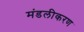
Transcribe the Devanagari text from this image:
मंडलीकरण